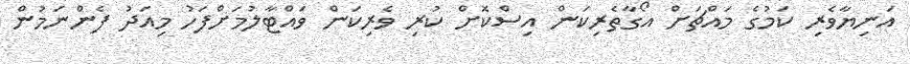
އަނިޔާވެރި ކަމުގެ މައްޗަށް އޯގާތެރިކަން އިސްކޮށް ކުރި ވެރިކަން ވައްޓާލުމަށްފަހު މިއަދު ފެންނަމުން